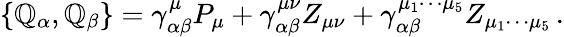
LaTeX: \left\{ \mathbb{Q}_{\alpha},\mathbb{Q}_{\beta}\right\} =\gamma_{\alpha\beta}^{\mu}P_{\mu}+\gamma_{\alpha\beta}^{\mu\nu}Z_{\mu\nu}+\gamma_{\alpha\beta}^{\mu_{1}\cdots\mu_{5}}Z_{\mu_{1}\cdots\mu_{5}}\, .